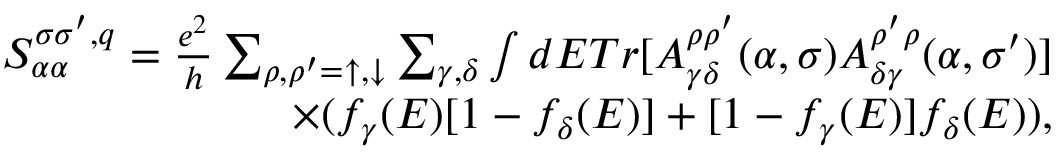
\begin{array} { r } { S _ { \alpha \alpha } ^ { \sigma \sigma ^ { \prime } , q } = \frac { e ^ { 2 } } { h } \sum _ { \rho , \rho ^ { \prime } = \uparrow , \downarrow } \sum _ { \gamma , \delta } \int d E T r [ A _ { \gamma \delta } ^ { \rho \rho ^ { \prime } } ( \alpha , \sigma ) A _ { \delta \gamma } ^ { \rho ^ { \prime } \rho } ( \alpha , \sigma ^ { \prime } ) ] } \\ { \times ( f _ { \gamma } ( E ) [ 1 - f _ { \delta } ( E ) ] + [ 1 - f _ { \gamma } ( E ) ] f _ { \delta } ( E ) ) , } \end{array}